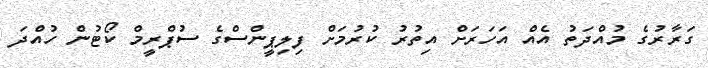
ގަރާރުގެ މުއްދަތު އެއް އަހަރަށް އިތުރު ކުރުމަށް ފިލިޕީންސްގެ ސުޕްރީމް ކޯޓުން ހުއްދަ